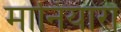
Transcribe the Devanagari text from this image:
मानियारा